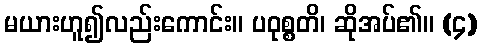
မယားဟူ၍လည်းကောင်း။ ပဝုစ္စတိ၊ ဆိုအပ်၏။ (၄)